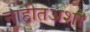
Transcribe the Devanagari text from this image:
नाहीतअशा